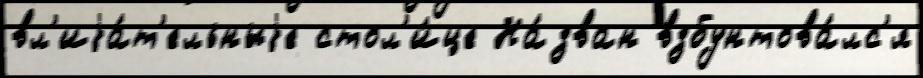
вл'иjа́т'ельныjе стол'и́це На́зван взбунтова́лс'я